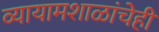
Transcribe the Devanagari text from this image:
व्यायामशाळांचेही